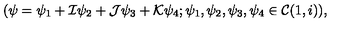
( \psi = \psi _ { 1 } + { \cal I } \psi _ { 2 } + { \cal J } \psi _ { 3 } + { \cal K } \psi _ { 4 } ; \psi _ { 1 } , \psi _ { 2 } , \psi _ { 3 } , \psi _ { 4 } \in { \cal C } ( 1 , i ) ) ,